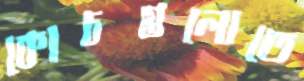
কোচগুলোতে